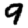
Digit: 9